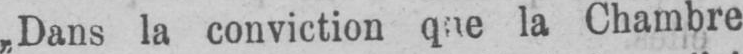
la Chambre